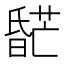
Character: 𬁌